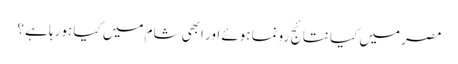
مصر میں کیا نتائج رونما ہوئے اور ابھی شام میں کیا ہورہا ہے ؟